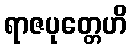
ရာဇပုတ္တေဟိ